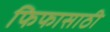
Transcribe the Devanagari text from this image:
फिफासाठी